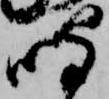
鳴